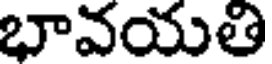
భావయతి